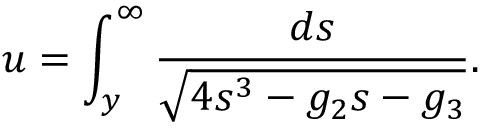
u = \int _ { y } ^ { \infty } { \frac { d s } { \sqrt { 4 s ^ { 3 } - g _ { 2 } s - g _ { 3 } } } } .